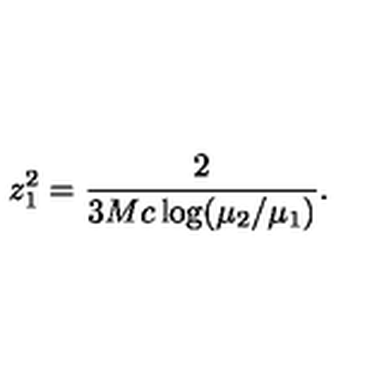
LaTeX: z _ { 1 } ^ { 2 } = \frac { 2 } { 3 M c \log ( \mu _ { 2 } / \mu _ { 1 } ) } .